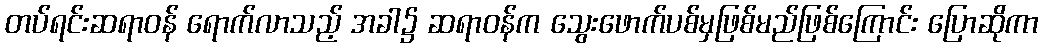
တပ်ရင်းဆရာဝန် ရောက်လာသည့် အခါ၌ ဆရာဝန်က သွေးဖောက်ပစ်မှဖြစ်မည်ဖြစ်ကြောင်း ပြောဆိုကာ